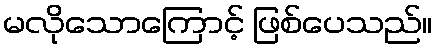
မလိုသောကြောင့် ဖြစ်ပေသည်။